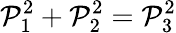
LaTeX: \mathcal{P}_{1}^{2}+\mathcal{P}_{2}^{2}=\mathcal{P}_{3}^{2}